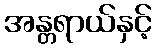
အန္တရာယ်နှင့်